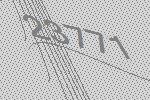
23771